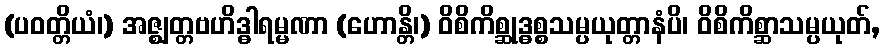
(ပဝတ္တိယံ၊) အဇ္ဈတ္တဗဟိဒ္ဓါရမ္မဏာ (ဟောန္တိ၊) ဝိစိကိစ္ဆုဒ္ဓစ္စသမ္ပယုတ္တာနံပိ၊ ဝိစိကိစ္ဆာသမ္ပယုတ်,